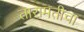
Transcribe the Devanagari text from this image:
तारामतीचा